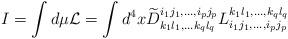
LaTeX: \begin{align*}I = \int d \mu {\cal L} = \int d^4 x\widetilde{D}^{i_1 j_1, \ldots ,i_p j_p}_{k_1 l_1, \ldots k_q l_q}L_{i_1 j_1, \ldots, i_p j_p}^{k_1 l_1, \ldots, k_q l_q}\end{align*}